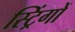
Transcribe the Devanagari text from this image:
स्ट्रिंगों